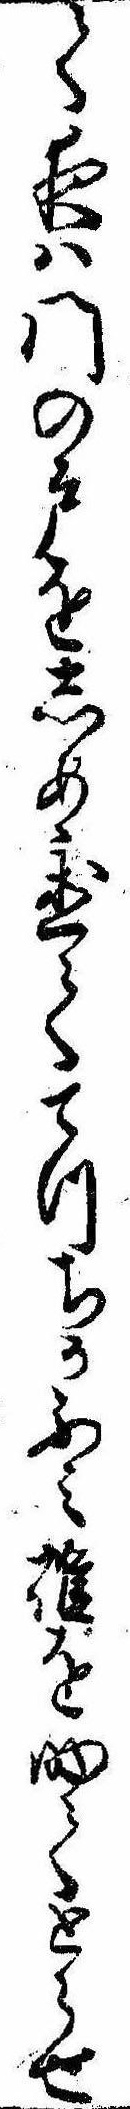
て夜は門の戸をしめ置ててつちかふみ碓を助てとらせ